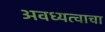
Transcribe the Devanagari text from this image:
अवध्यत्वाचा